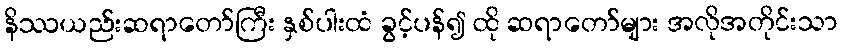
နိဿယည်းဆရာတော်ကြီး နှစ်ပါးထံ ခွင့်ပန်၍ ထို ဆရာတော်များ အလိုအတိုင်းသာ